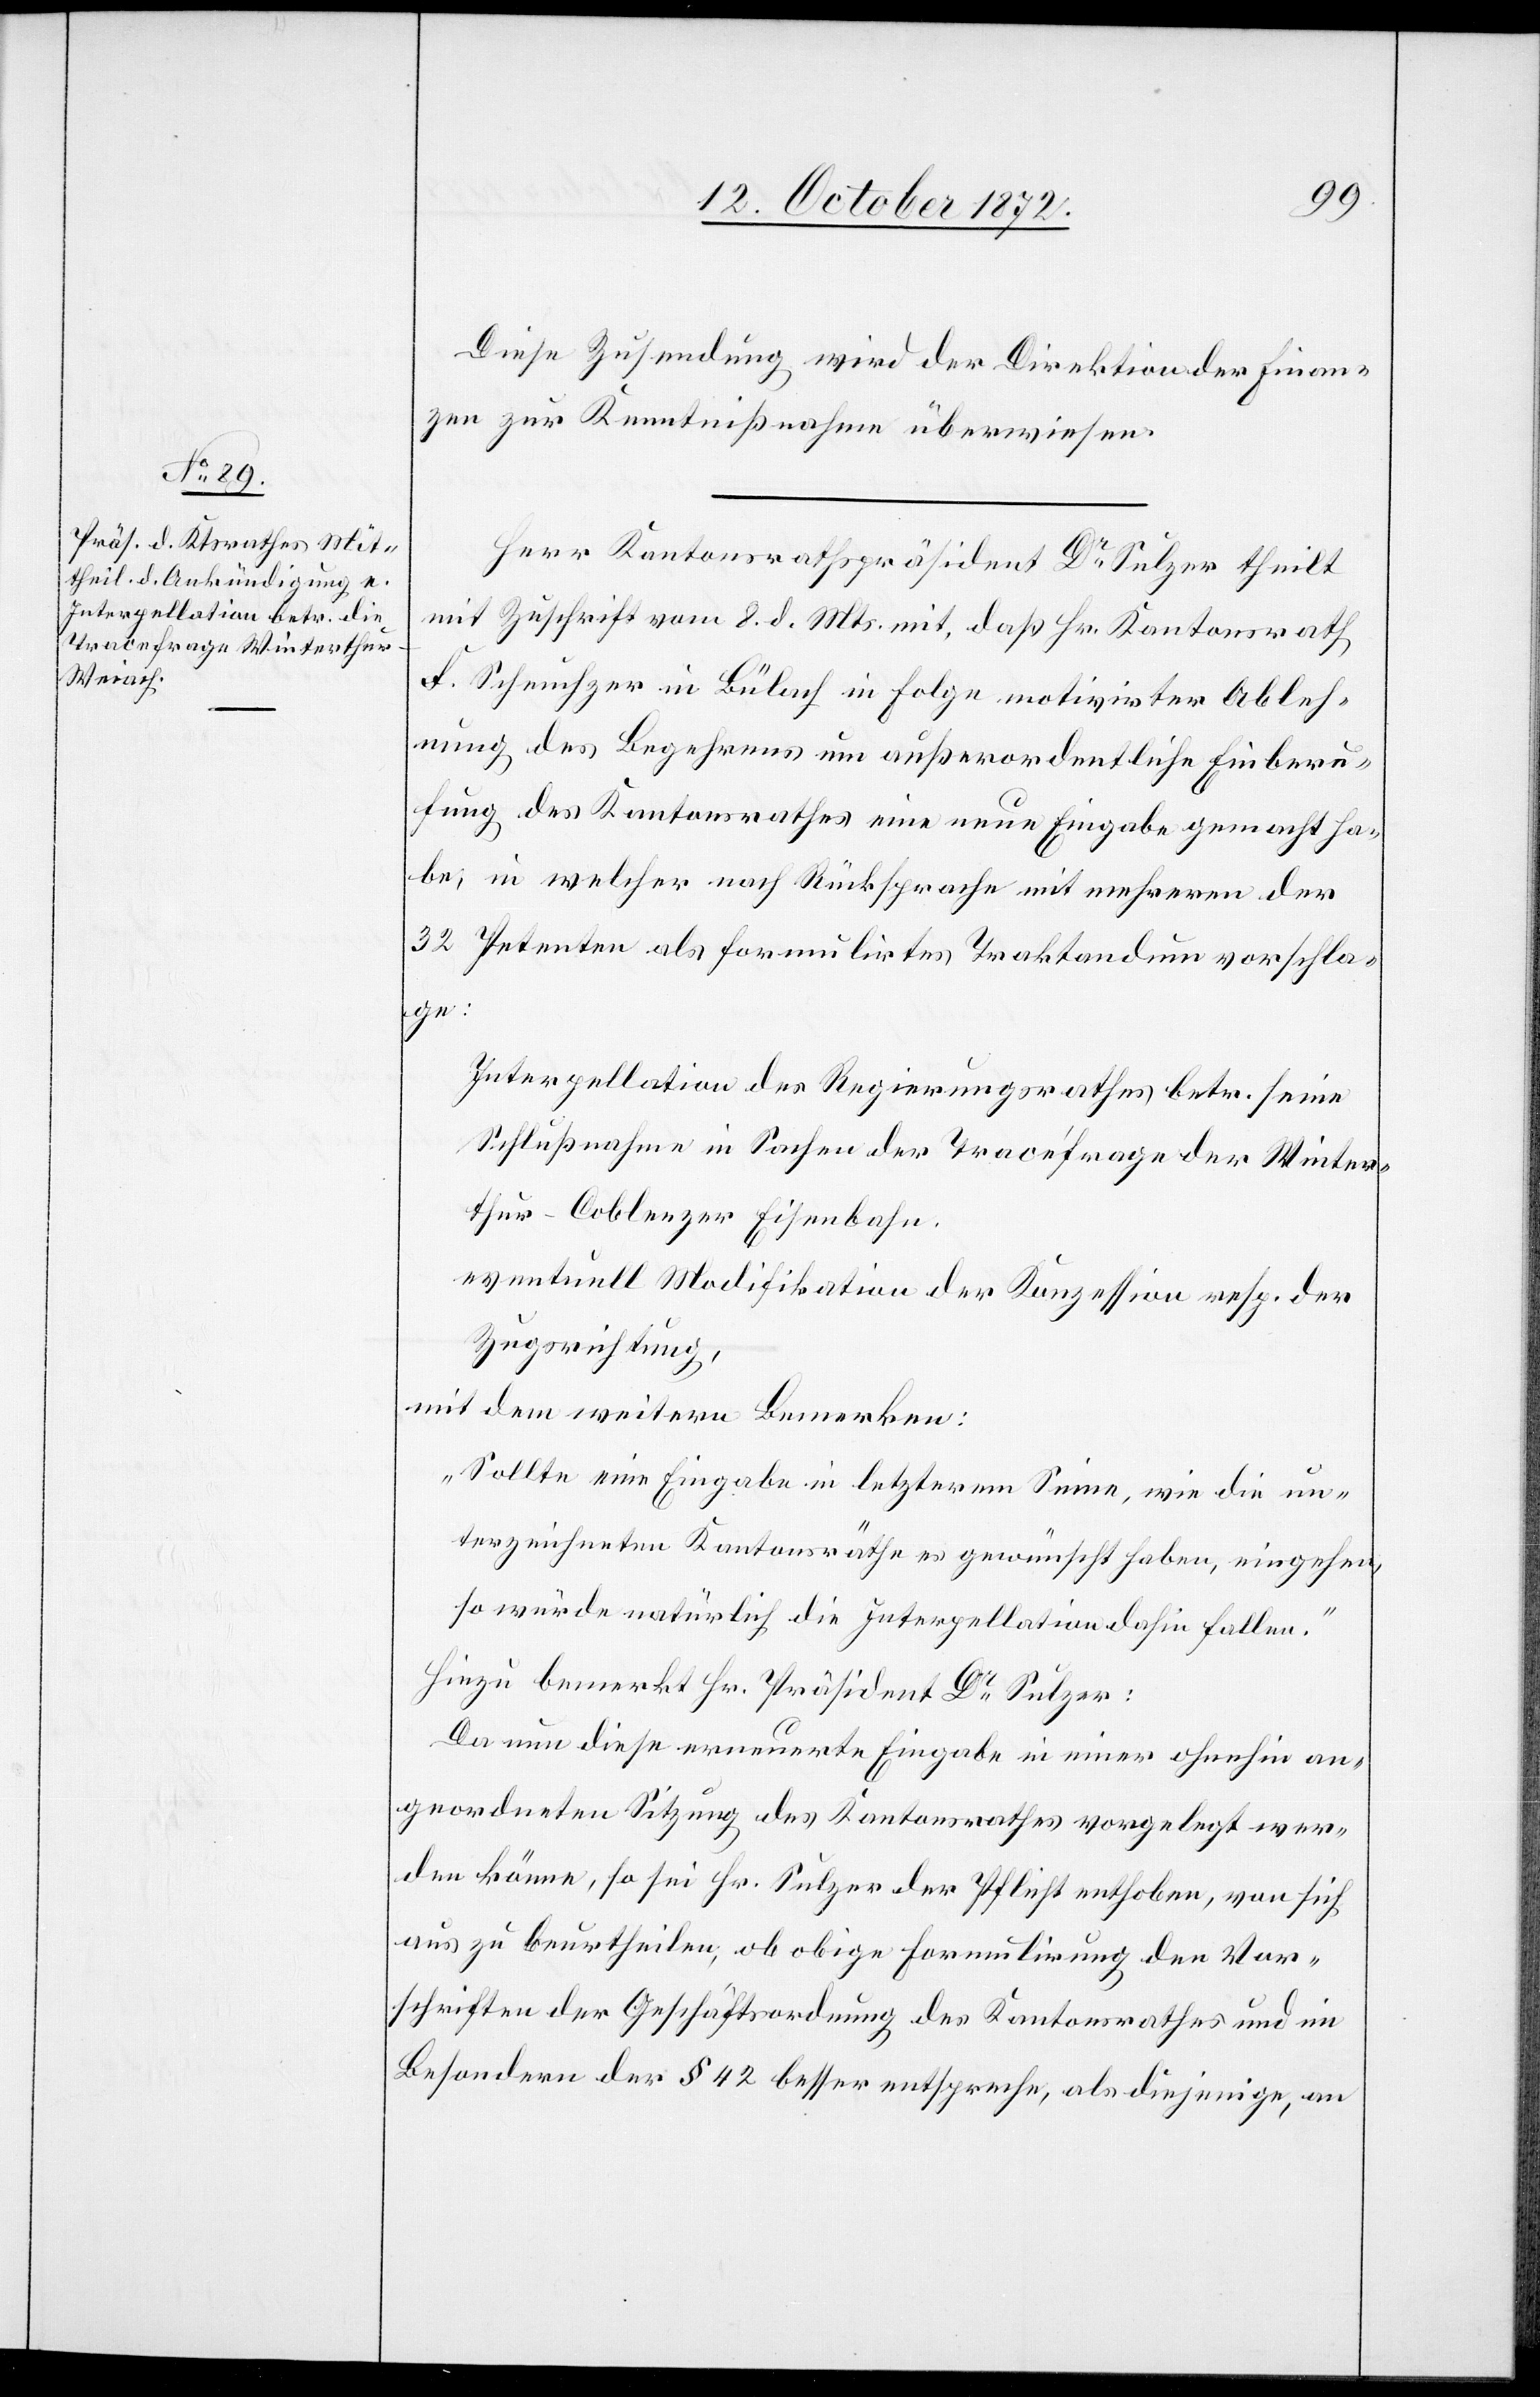
Diese Zusendung wird der Direktion der Finan¬
zen zur Kenntnißnahme überwiesen.
Herr Kantonsrathspräsident Dr Sulzer theilt
mit Zuschrift vom 8. d. Mts. mit, daß Hr. Kantonsrath
F. Scheuchzer in Bülach in Folge motivirter Ableh¬
nung des Begehrens um außerordentliche Einberu¬
fung des Kantonsrathes eine neue Eingabe gemacht ha¬
be, in welcher nach Rücksprache mit mehreren der
32 Petenten als formulirtes Traktandum vorschla¬
ge:
Interpellation des Regierungsrathes betr. seine
Schlußnahme in Sachen der Tracéfrage der Winter¬
thur–Coblenzer Eisenbahn.
eventuell Modifikation der Konzession resp. der
Zugsrichtung,
mit dem weitern Bemerken:
„Sollte eine Eingabe in letzterem Sinne, wie die un¬
terzeichneten Kantonsräthe es gewünscht haben, eingehen,
so würde natürlich die Interpellation dahin fallen.“
Hiezu bemerkt Hr. Präsident Dr Sulzer:
Da nun diese erneuerte Eingabe in einer ohnehin an¬
geordneten Sitzung des Kantonsrathes vorgelegt wer¬
den könne, so sei Hr. Sulzer der Pflicht enthoben, von sich
aus zu beurtheilen, ob obige Formulirung den Vor¬
schriften der Geschäftsordnung des Kantonsrathes und im
Besondern der § 42 besser entspreche, als diejenige, an